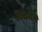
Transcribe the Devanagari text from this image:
वातथैव